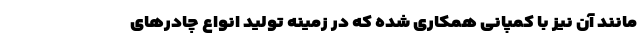
مانند آن نیز با کمپانی همکاری شده که در زمینه تولید انواع چادرهای